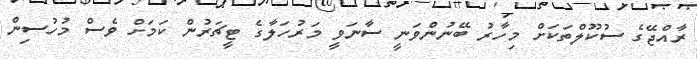
ރާއްޖޭގެ ސުކޫލްތަކަށް މިހާރު ބޭނުންވަނީ ސާނަވީ މަރުހަލާގެ ޓީޗަރުން ކަމަށް ވެސް މުހުސިން